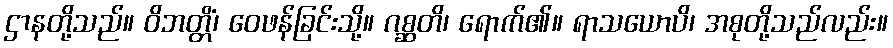
ဌာနတို့သည်။ ဝိဘတ္တိံ၊ ဝေဖန်ခြင်းသို့။ ဂစ္ဆတိ၊ ရောက်၏။ ရာသယောပိ၊ အစုတို့သည်လည်း။